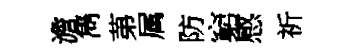
澹雋苐属防窮感祈